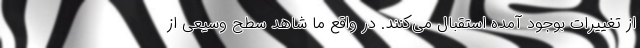
از تغییرات بوجود آمده استقبال می‌کنند. در واقع ما شاهد سطح وسیعی از